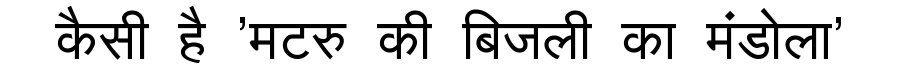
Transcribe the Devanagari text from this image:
कैसी है 'मटरु की बिजली का मंडोला'